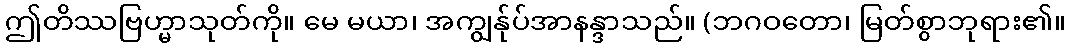
ဤတိဿဗြဟ္မာသုတ်ကို။ မေ မယာ၊ အကျွန်ုပ်အာနန္ဒာသည်။ (ဘဂဝတော၊ မြတ်စွာဘုရား၏။